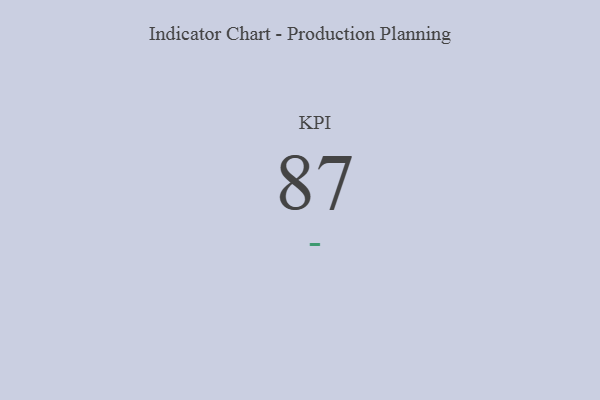
{"axis": {"x": "KPI", "y": "Value"}, "legend": [""], "data": [{"x": "KPI", "y": 87, "type": ""}]}